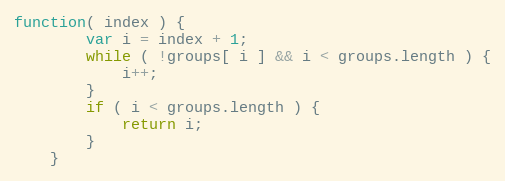
Language: JavaScript
function( index ) {
        var i = index + 1;
        while ( !groups[ i ] && i < groups.length ) {
            i++;
        }
        if ( i < groups.length ) {
            return i;
        }
    }